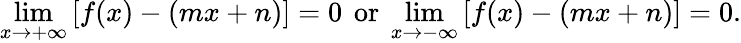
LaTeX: \operatorname*{lim}_{x\to+\infty}\left[f(x)-(mx+n)\right]=0\, {\mathrm{~or~}}\operatorname*{lim}_{x\to-\infty}\left[f(x)-(mx+n)\right]=0.